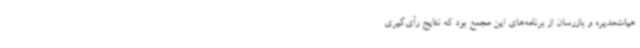
هیات‌مدیره و بازرسان از برنامه‌های این مجمع بود که نتایج رأی‌گیری